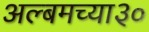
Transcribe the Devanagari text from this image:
अल्बमच्या३०